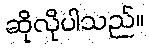
ဆိုလိုပါသည်။